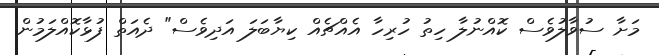
މަށާ ސުވާލުވެސް ކޮއްނުލާ ހިތު ހުރިހާ އެއްޗެއް ކިޔާބަލަ އަދިވެސް" ދެއަތް ފުޅާކޮއްލަމުން